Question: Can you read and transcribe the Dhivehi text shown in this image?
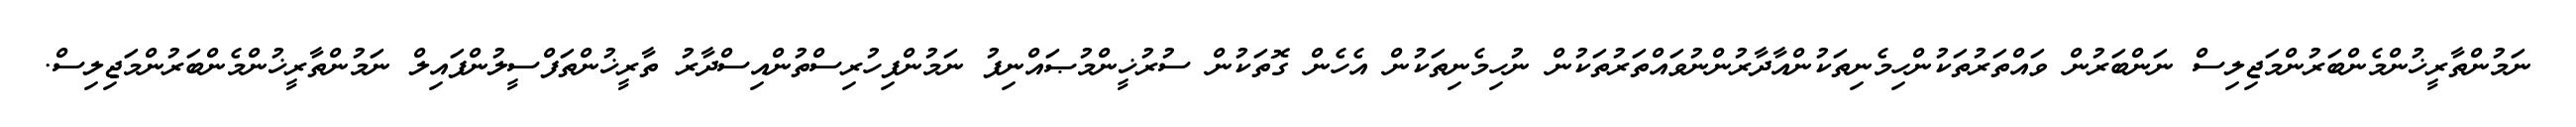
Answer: ނަމުންތާރީޚުންމެންބަރުންމަޖިލިސް ނަންބަރުން ވައްތަރުތަކުންހިމެނިތަކުންއާދާރުންނުވައްތަރުތަކުން ނުހިމެނިތަކުން އެހެން ގޮތަކުން ސުރުޚީންމުޞައްނިފު ނަމުންފިހުރިސްތުންއިސްދާރު ތާރީޚުންތަފްސީލުންފައިލް ނަމުންތާރީޚުންމެންބަރުންމަޖިލިސް.